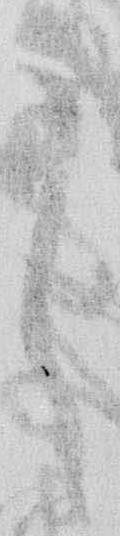
し